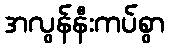
အလွန်နီးကပ်စွာ